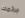
جرائمك